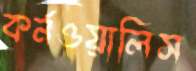
কর্নওয়ালিস